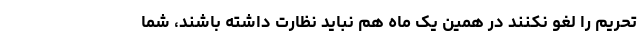
تحریم را لغو نکنند در همین یک ماه هم نباید نظارت داشته باشند، شما